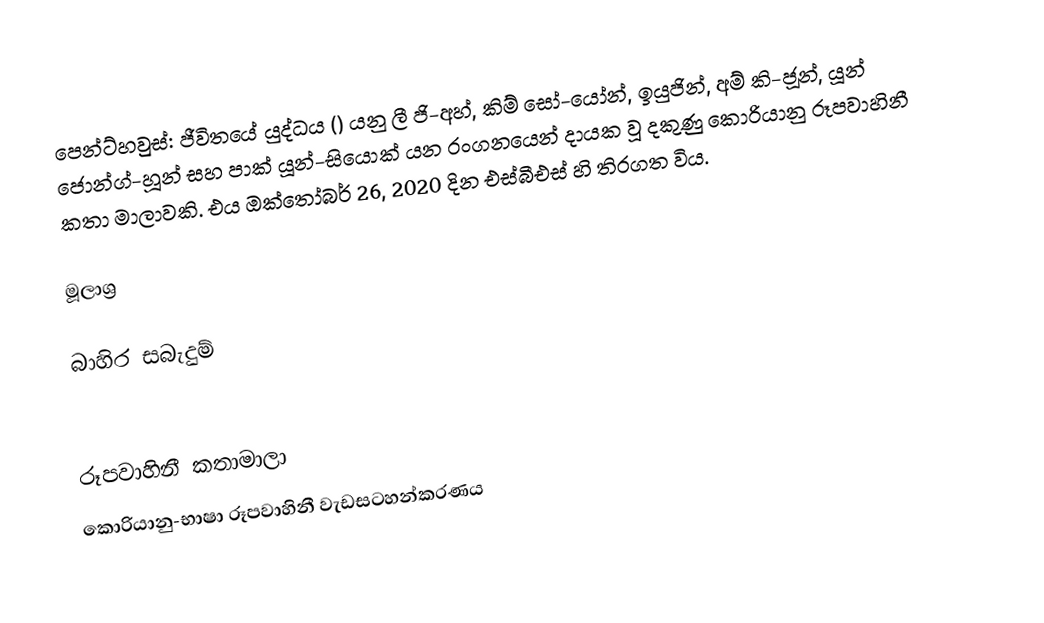
පෙන්ට්හවුස්: ජීවිතයේ යුද්ධය () යනු ලී ජි-අහ්, කිම් සෝ-යෝන්, ඉයුජින්, අම් කි-ජූන්, යූන් ජොන්ග්-හූන් සහ පාක් යූන්-සියොක් යන රංගනයෙන් දායක වූ දකුණු කොරියානු රූපවාහිනී කතා මාලාවකි. එය ඔක්තෝබර් 26, 2020 දින එස්බීඑස් හි තිරගත විය.

මූලාශ්‍ර

බාහිර සබැදුම්

රූපවාහිනී කතාමාලා
කොරියානු-භාෂා රූපවාහිනී වැඩසටහන්කරණය